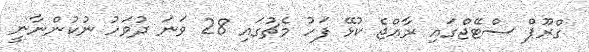
ގްރޫޕް ސްޓޭޖްގައި ރާއްޖެ ކުޅޭ ފަހު މެޗުގައި 28 ވަނަ ދުވަހު ނުކުންނާނީ